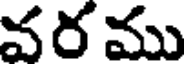
వర ము